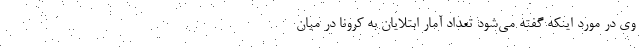
وی در مورد اینکه گفته می‌شود تعداد آمار ابتلایان به کرونا در میان